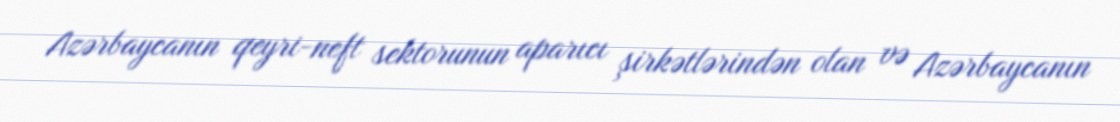
Azərbaycanın qeyri-neft sektorunun aparıcı şirkətlərindən olan və Azərbaycanın